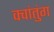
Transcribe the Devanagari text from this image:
क्वांतुंग